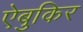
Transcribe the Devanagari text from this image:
ऐबुकिर